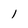
Character: 1